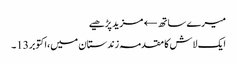
میرے ساتھ← مزید پڑھیے
ایک لاش کا مقدمہ زندستان میں،اکتوبر13۔